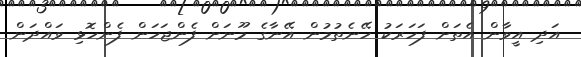
އަދި އީވާން އެތަށް ފަހަރަކު ހޭނެތުމުން އޭނާގެ މޫނަށް ފެންޖަހަން ފެންހޮޅި ވައްދަން